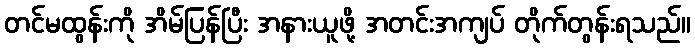
တင်မထွန်းကို အိမ်ပြန်ပြီး အနားယူဖို့ အတင်းအကျပ် တိုက်တွန်းရသည်။